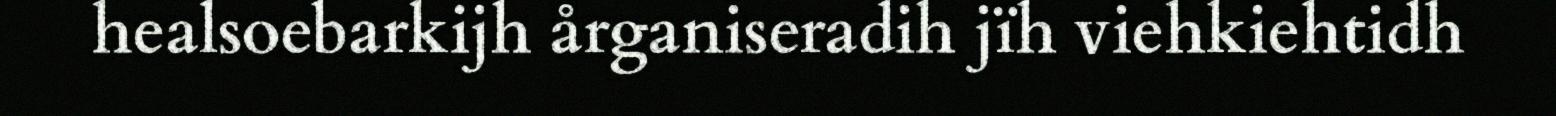
healsoebarkijh årganiseradih jïh viehkiehtidh